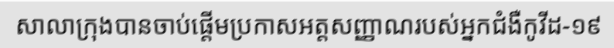
សាលាក្រុងបានចាប់ផ្តើមប្រកាសអត្តសញ្ញាណរបស់អ្នកជំងឺកូវីដ-១៩